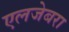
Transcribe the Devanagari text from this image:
एलजेबरा